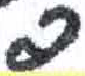
אות: פ